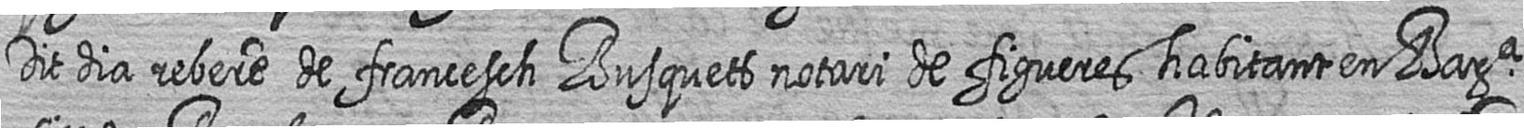
Dit dia rebere de francesch Busquets notari de figueres habitant en Bara